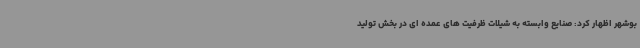
بوشهر اظهار کرد: صنایع وابسته به شیلات ظرفیت های عمده ای در بخش تولید